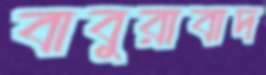
বাবুরাবাদ